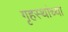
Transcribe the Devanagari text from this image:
गृहस्थांच्या